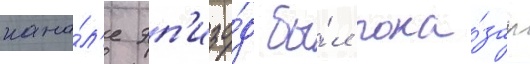
кана́л'е эп'изо́д бы́л пока́зан